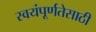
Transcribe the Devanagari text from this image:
स्वयंपूर्णतेसाठी